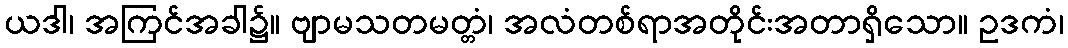
ယဒါ၊ အကြင်အခါ၌။ ဗျာမသတမတ္တံ၊ အလံတစ်ရာအတိုင်းအတာရှိသော။ ဥဒကံ၊